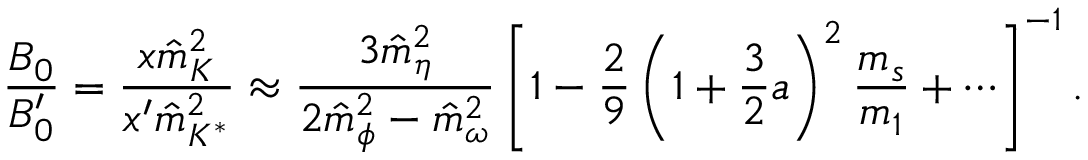
\frac { B _ { 0 } } { B _ { 0 } ^ { \prime } } = \frac { x \hat { m } _ { K } ^ { 2 } } { x ^ { \prime } \hat { m } _ { K ^ { * } } ^ { 2 } } \approx \frac { 3 \hat { m } _ { \eta } ^ { 2 } } { 2 \hat { m } _ { \phi } ^ { 2 } - \hat { m } _ { \omega } ^ { 2 } } \left[ 1 - \frac { 2 } { 9 } \left( 1 + \frac { 3 } { 2 } a \right) ^ { 2 } \frac { m _ { s } } { m _ { 1 } } + \cdots \right] ^ { - 1 } .